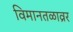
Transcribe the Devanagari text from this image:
विमानतळाव्रर